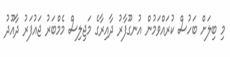
މި ބިލަށް ބަހުސް ކުރައްވަމުން އުނގޫފާރު ދާއިރާގެ މަޖިލިސް މެމްބަރު ޖައުފަރު ދާއޫދު